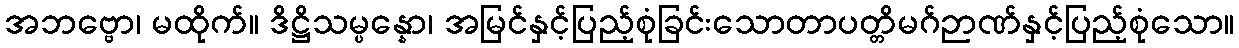
အဘဗ္ဗော၊ မထိုက်။ ဒိဋ္ဌိသမ္ပန္နော၊ အမြင်နှင့်ပြည့်စုံခြင်းသောတာပတ္တိမဂ်ဉာဏ်နှင့်ပြည့်စုံသော။